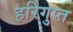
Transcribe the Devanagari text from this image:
हरिगुप्त